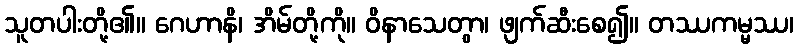
သူတပါးတို့၏။ ဂေဟာနိ၊ အိမ်တို့ကို။ ဝိနာသေတွာ၊ ဖျက်ဆီးစေ၍။ တဿကမ္မဿ၊